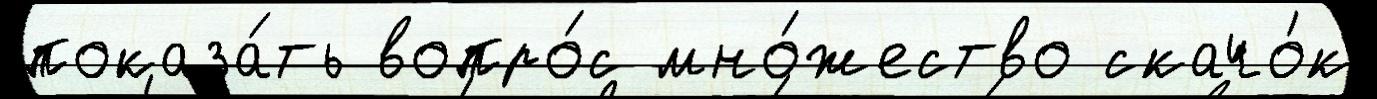
показа́ть вопро́с мно́жество скачо́к